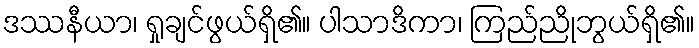
ဒဿနီယာ၊ ရှုချင်ဖွယ်ရှိ၏။ ပါသာဒိကာ၊ ကြည်ညိုဘွယ်ရှိ၏။